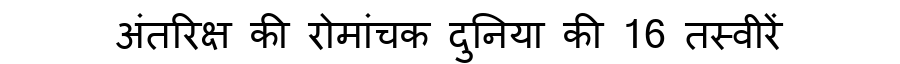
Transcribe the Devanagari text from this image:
अंतरिक्ष की रोमांचक दुनिया की 16 तस्वीरें